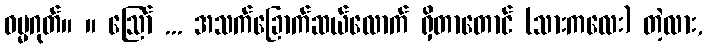
ဓမ္မဂုတ်။ ။ ဩော် ... အသက်ခြောက်ဆယ်လောက် ရှိတာတောင် (သားကလေး) တဲ့လား,